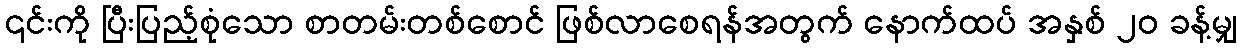
၎င်းကို ပြီးပြည့်စုံသော စာတမ်းတစ်စောင် ဖြစ်လာစေရန်အတွက် နောက်ထပ် အနှစ် ၂၀ ခန့်မျှ